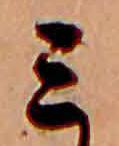
ミ